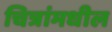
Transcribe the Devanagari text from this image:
चित्रांमधील